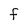
Character: f